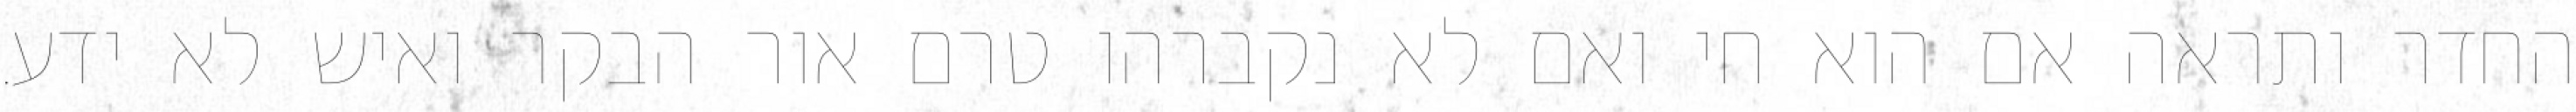
החדר ותראה אם הוא חי ואם לא נקברהו טרם אור הבקר ואיש לא ידע.